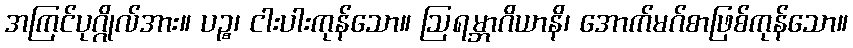
အကြင်ပုဂ္ဂိုလ်အား။ ပဉ္စ၊ ငါးပါးကုန်သော။ ဩရမ္ဘာဂိယာနိ၊ အောက်မဂ်စာဖြစ်ကုန်သော။